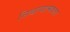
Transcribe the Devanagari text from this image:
निश्चायात्मकता